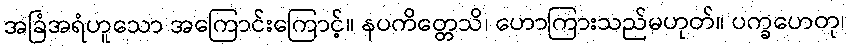
အခြံအရံဟူသော အကြောင်းကြောင့်။ နပကိတ္တေသိ၊ ဟောကြားသည်မဟုတ်။ ပက္ခဟေတု၊